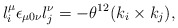
\begin{align*}l_i^\mu \epsilon_{\mu 0 \nu} l_j^\nu = -\theta^{12} (k_i \times k_j),\end{align*}